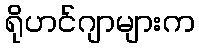
ရိုဟင်ဂျာများက